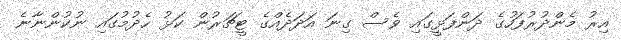
އިރު މެންދުރުފަހުގެ ދަންފަޅީގައި ވެސް ގިނަ އަދަދެއްގެ ޓީޗަރުން ކަޅު ހެދުމުގައި ނުކުންނާނެ